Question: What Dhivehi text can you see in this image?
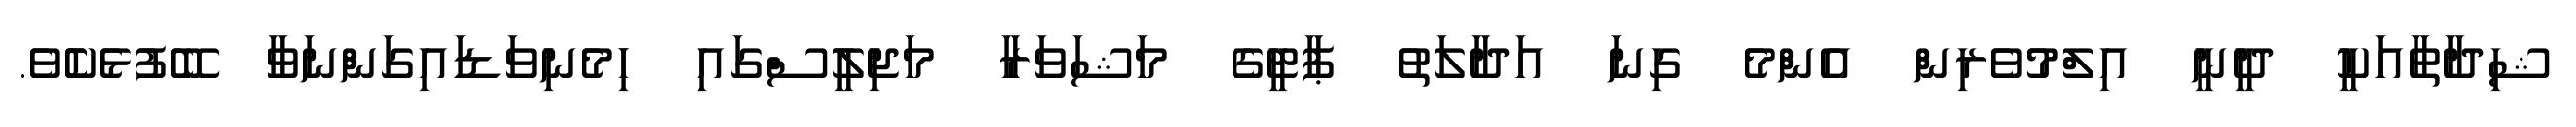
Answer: ޝިދާތާއަކީ ދީނީ އިލްމުވެރިން އެންމެ ގިނަ އަދާލަތު ޕާޓީގެ މަޝަވަރާ މަޖިލީސްގައި ހިމެނިވަޑައިގަންނަވާ ބޭފުޅެކެެވެ.